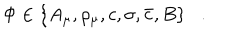
\Phi \in \{ A _ { \mu } , \rho _ { \mu } , c , \sigma , \bar { c } , B \} .